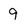
Character: 9